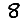
Digit: 8